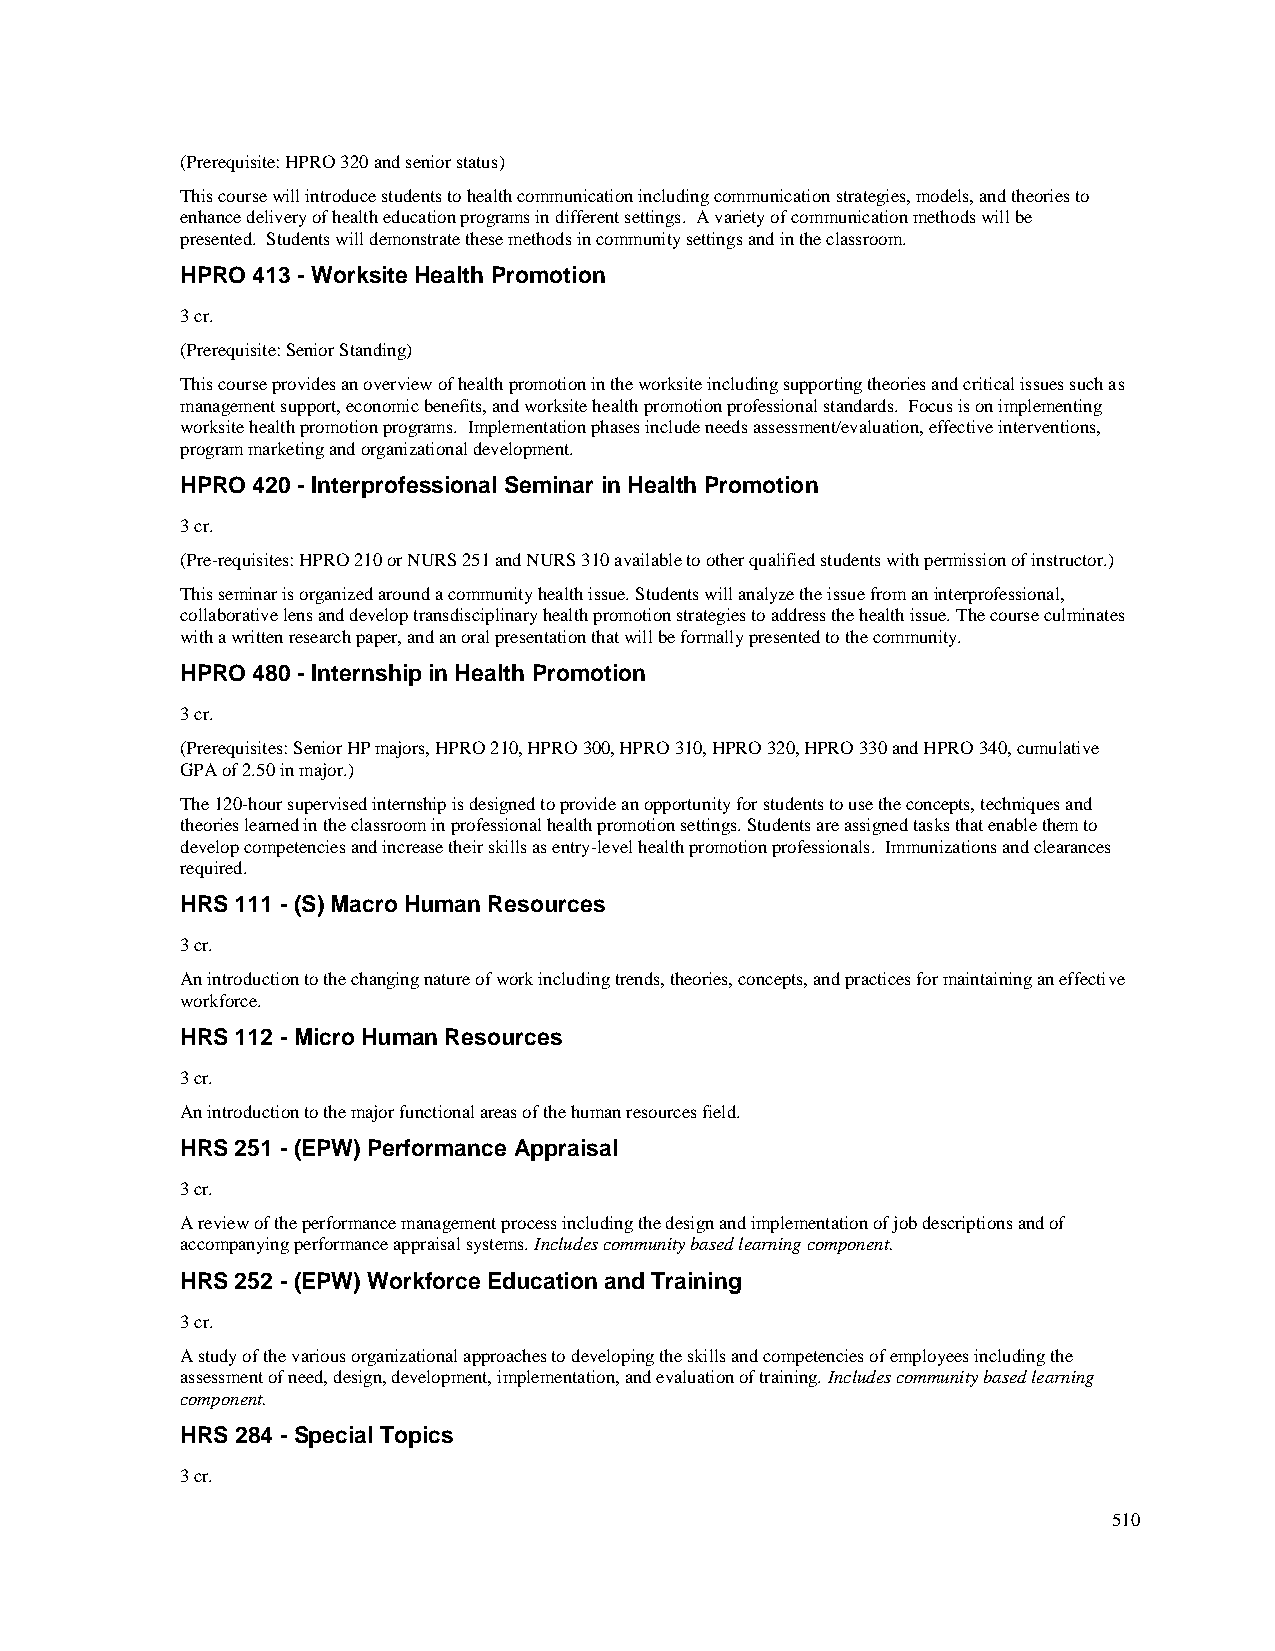
(Prerequisite: HPRO 320 and senior status)
 This course will introduce students to health communication including communication strategies, models, and theories to
 enhance delivery of health education programs in different settings. A variety of communication methods will be
 presented. Students will demonstrate these methods in community settings and in the classroom.
 HPRO 413 - Worksite Health Promotion
 3 cr.
 (Prerequisite: Senior Standing)
 This course provides an overview of health promotion in the worksite including supporting theories and critical issues such as
 management support, economic benefits, and worksite health promotion professional standards. Focus is on implementing
 worksite health promotion programs. Implementation phases include needs assessment/evaluation, effective interventions,
 program marketing and organizational development.
 HPRO 420 - Interprofessional Seminar in Health Promotion
 3 cr.
 (Pre-requisites: HPRO 210 or NURS 251 and NURS 310 available to other qualified students with permission of instructor.)
 This seminar is organized around a community health issue. Students will analyze the issue from an interprofessional,
 collaborative lens and develop transdisciplinary health promotion strategies to address the health issue. The course culminates
 with a written research paper, and an oral presentation that will be formally presented to the community.
 HPRO 480 - Internship in Health Promotion
 3 cr.
 (Prerequisites: Senior HP majors, HPRO 210, HPRO 300, HPRO 310, HPRO 320, HPRO 330 and HPRO 340, cumulative
 GPA of 2.50 in major.)
 The 120-hour supervised internship is designed to provide an opportunity for students to use the concepts, techniques and
 theories learned in the classroom in professional health promotion settings. Students are assigned tasks that enable them to
 develop competencies and increase their skills as entry-level health promotion professionals. Immunizations and clearances
 required.
 HRS 111 - (S) Macro Human Resources
 3 cr.
 An introduction to the changing nature of work including trends, theories, concepts, and practices for maintaining an effective
 workforce.
 HRS 112 - Micro Human Resources
 3 cr.
 An introduction to the major functional areas of the human resources field.
 HRS 251 - (EPW) Performance Appraisal
 3 cr.
 A review of the performance management process including the design and implementation of job descriptions and of
 accompanying performance appraisal systems. Includes community based learning component.
 HRS 252 - (EPW) Workforce Education and Training
 3 cr.
 A study of the various organizational approaches to developing the skills and competencies of employees including the
 assessment of need, design, development, implementation, and evaluation of training. Includes community based learning
 component.
 HRS 284 - Special Topics
 3 cr.
 510